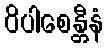
ဝိပါစေန္တီနံ